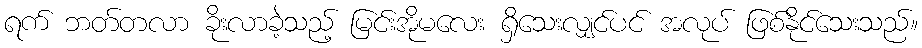
ရက် ဘတ်တလာ ခိုးလာခဲ့သည့် မြင်းအိုမလေး ရှိသေးလျှင်ပင် အလုပ် ဖြစ်နိုင်သေးသည်။